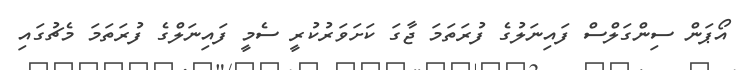
އޯޕަން ސިންގަލްސް ފައިނަލުގެ ފުރަތަމަ ޖާގަ ކަށަވަރުކުރީ ސެމީ ފައިނަލްގެ ފުރަތަމަ މެޗުގައި